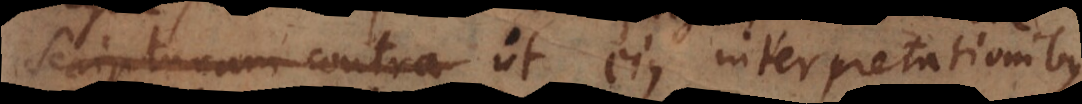
Scripturam contra ut ejus interpretationibus